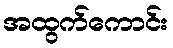
အထွက်ကောင်း